Cholera in India, 1862 to 1881
Year: 1862
Disease focus: Cholera
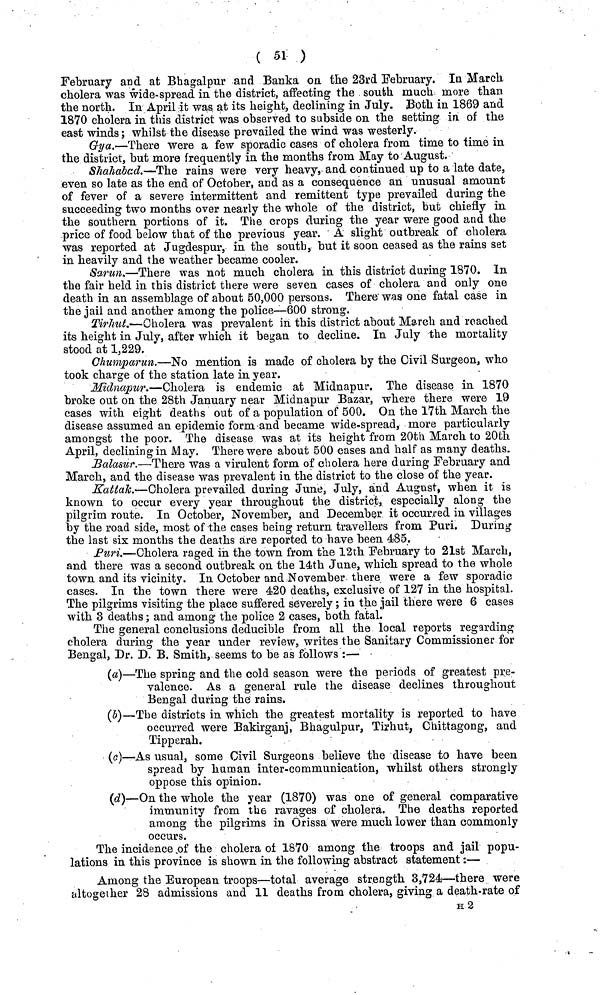
( 51 )
February and at Bhagalpur and Banka on the 23rd February. In March
cholera was wide-spread in the district, affecting the south much more than
the north. In April it was at its height, declining in July. Both in 1869 and
1870 cholera in this district was observed to subside on the setting in of the
east winds; whilst the disease prevailed the wind was westerly.
Gya.—There were a few sporadic cases of cholera from time to time in
the district, but more frequently in the months from May to August.
Shahabad.—The rains were very heavy, and continued up to a late date,
even so late as the end of October, and as a consequence an unusual amount
of fever of a severe intermittent and remittent type prevailed during the
succeeding two months over nearly the whole of the district, but chiefly in
the southern portions of it. The crops during the year were good and the
price of food below that of the previous year. A slight outbreak of cholera
was reported at Jugdespur, in the south, but it soon ceased as the rains set
in heavily and the weather became cooler.
Sarun.—There was not much cholera in this district during 1870. In
the fair held in this district there were seven cases of cholera and only one
death in an assemblage of about 50,000 persons. There was one fatal case in
the jail and another among the police—600 strong.
Tirhut.'—Cholera was prevalent in this district about March and reached
its height in July, after which it began to decline. In July the mortality
stood at 1,229.
Chumparun.—No mention is made of cholera by the Civil Surgeon, who
took charge of the station late in year.
Midnapur.—Cholera is endemic at Midnapur. The disease in 1870
broke out on the 28th January near Midnapur Bazar, where there were 19
cases with eight deaths out of a population of 500. On the 17th March the
disease assumed an epidemic form and became wide-spread, more particularly
amongst the poor. The disease was at its height from 20th March to 20th
April, declining in May. There were about 500 cases and half as many deaths.
Balasur.—There was a virulent form of cholera here daring February and
March, and the disease was prevalent in the district to the close of the year.
Kattak.—-Cholera prevailed during June, July, and August, when it is
known to occur every year throughout the district, especially along the
pilgrim route. In October, November, and December it occurred in villages
by the road side, most of the cases being return travellers from Puri. During
the last six months the deaths are reported to have been 485.
Puri.—Cholera raged in the town from the 12th February to 21st March,
and there was a second outbreak on the 14th June, which spread to the whole
town and its vicinity. In October and November there were a few sporadic
cases. In the town there were 420 deaths, exclusive of 127 in the hospital.
The pilgrims visiting the place suffered severely; in the jail there were 6 cases
with 3 deaths; and among the police 2 cases, both fatal.
The general conclusions deducible from all the local reports regarding
cholera during the year under review, writes the Sanitary Commissioner for
Bengal, Dr. D. B. Smith, seems to be as follows :—
(a)—The spring and the cold season were the periods of greatest pre-
valence. As a general rule the disease declines throughout
Bengal during the rains.
(b)—The districts in which the greatest mortality is reported to have
occurred were Bakirganj, Bhagulpur, Tirhut, Chittagong, and
Tipperah.
(c)—As usual, some Civil Surgeons believe the disease to have been
spread by human inter-communication, whilst others strongly
oppose this opinion.
(d)—On the whole the year (1870) was one of general comparative
immunity from the ravages of cholera. The deaths reported
among the pilgrims in Orissa were much lower than commonly
occurs.
The incidence of the cholera of 1870 among the troops and jail popu-
lations in this province is shown in the following abstract statement:—
Among the European troops—total average strength 3,724—there were
altogether 28 admissions and 11 deaths from cholera, giving a death-rate of
H 2